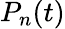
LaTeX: P_{n}(t)